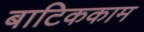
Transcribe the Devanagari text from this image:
बाटिककाम